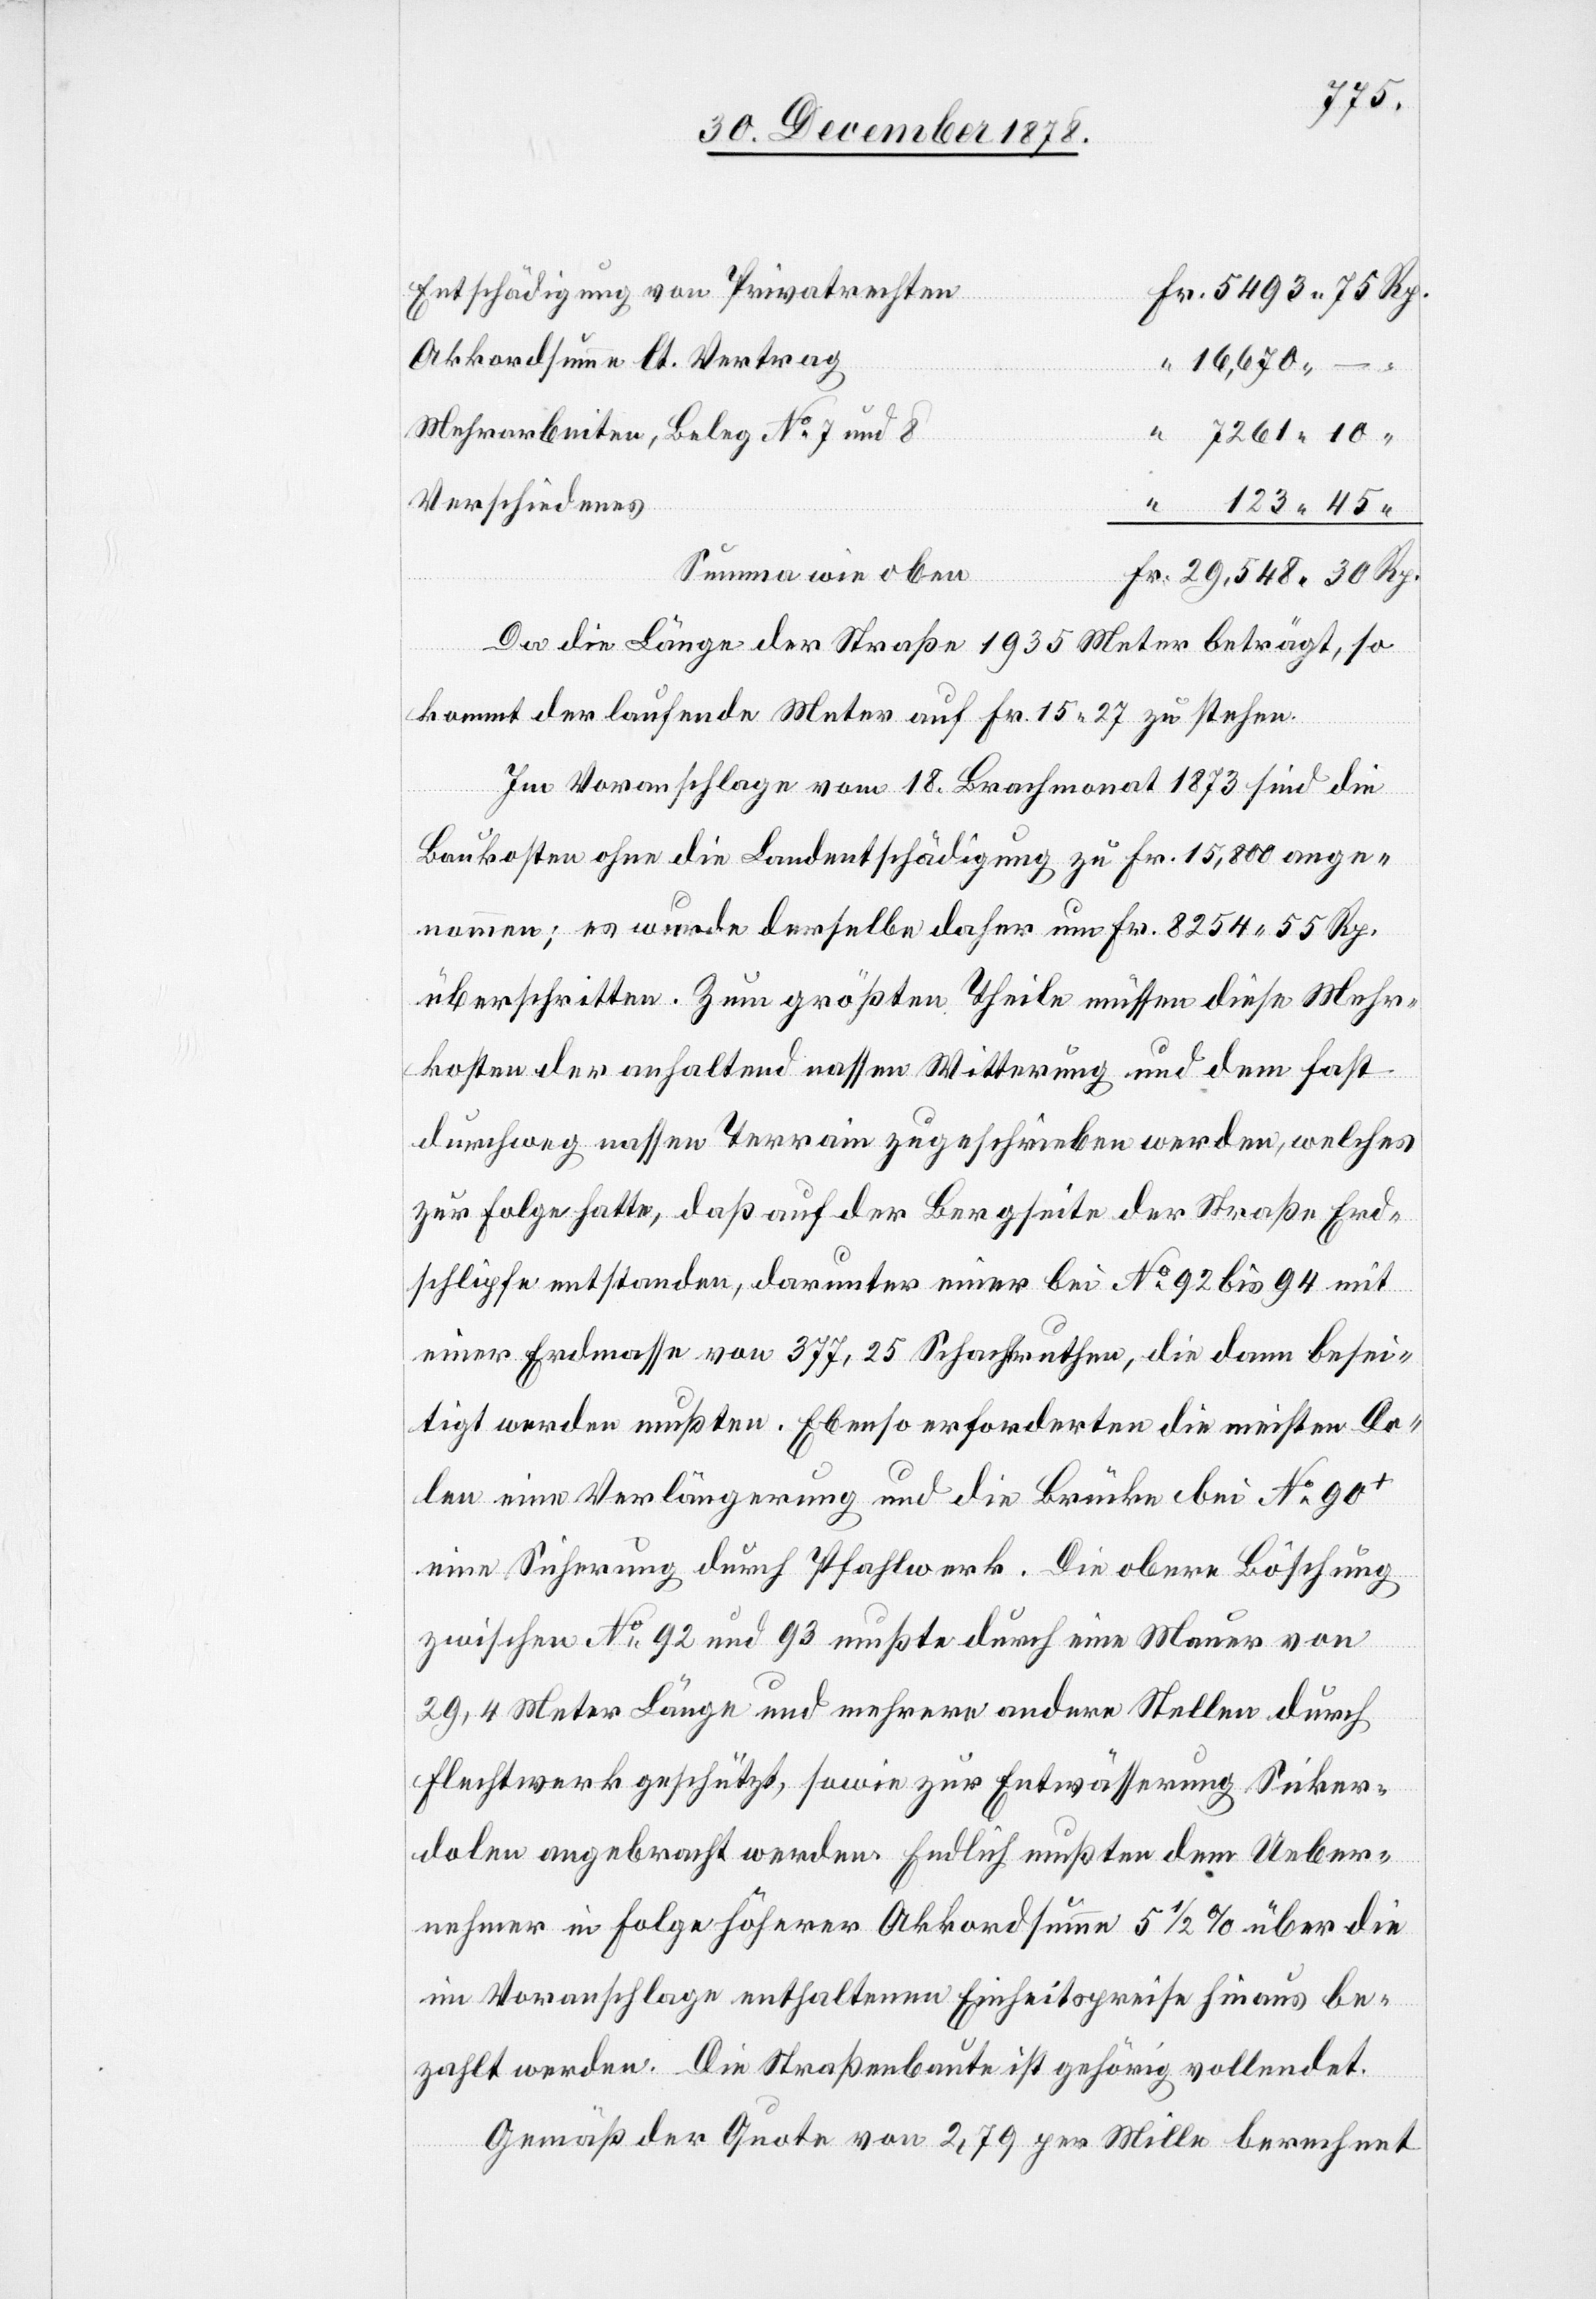
Entschädigung von Privatrechten
“
Akkordsumme lt. Vertrag
16,670
Rp.
30
Mehrarbeiten, Beleg No 7 und 8
7261 10
Verschiedenes
Summa wie oben
Da die Länge der Straße 1935 Meter beträgt, so
kommt der laufende Meter auf Fr. 15 26 zu stehen.
Im Voranschlage vom 18. Brachmonat 1873 sind die
Baukosten ohne die Landentschädigung zu Fr. 15,800 ange¬
nommen; es wurde derselbe daher um Fr. 8254 55 Rp.
überschritten. Zum größten Theile müssen diese Mehr¬
kosten der anhaltend nassen Witterung und dem fast
durchweg nassen Terrain zugeschrieben werden, welches
zur Folge hatte, daß auf der Bergseite der Straße Erd¬
schlipfe entstanden, darunter einer bei No 92 bis 94 mit
einer Erdmasse von 377,25 Schachtruthen, die dann besei¬
tigt werden mußten. Ebenso erforderten die meisten Do¬
len eine Verlängerung und die Brücke bei No 90+
eine Sicherung durch Pfahlwerk. Die obere Böschung
zwischen No 92 und 93 mußte durch eine Mauer von
29,4 Meter Länge und mehrere andere Stellen durch
Flechtwerk geschützt, sowie zur Entwässerung Sicker¬
dolen angebracht werden. Endlich mußten dem Ueber¬
nehmer in Folge höherer Akkordsumme 5 1/2% über die
Voranschlage enthaltene Einheitspreise hinaus be¬
zahlt werden. Die Straßenbaute ist gehörig vollendet.
Gemäß der Quote von 2,79 per Mille berechnet